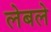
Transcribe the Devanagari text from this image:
लेबले